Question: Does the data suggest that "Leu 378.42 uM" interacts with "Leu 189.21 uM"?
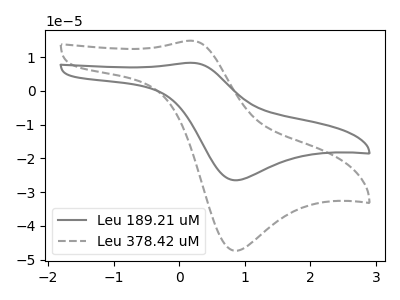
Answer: <think>The gray curve "Leu 189.21 uM" has an anodic peak at (0.20V, 8.30uA) and a cathodic peak at (0.85V, -26.50uA). The gray dashed curve "Leu 378.42 uM" has an anodic peak at (0.20V, 14.80uA) and a cathodic peak at (0.85V, -47.35uA).
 All the peaks in "Leu 378.42 uM" have a peak in "Leu 189.21 uM" at the same potential. Every peak in "Leu 378.42 uM" is higher than every peak in "Leu 189.21 uM".</think>
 <answer>No, "Leu 378.42 uM" and "Leu 189.21 uM" don't appear to be significantly different in shape</answer>
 <eval>no_change</eval>